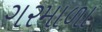
ગરમાળા